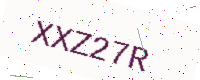
Text: XXZ27R